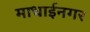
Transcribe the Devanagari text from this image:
माधाईनगर